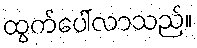
ထွက်ပေါ်လာသည်။